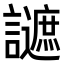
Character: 𧭧